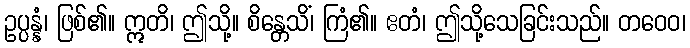
ဥပ္ပန္နံ၊ ဖြစ်၏။ ဣတိ၊ ဤသို့။ စိန္တေသိံ၊ ကြံ၏။ ဧတံ၊ ဤသို့သေခြင်းသည်။ တဝေဝ၊